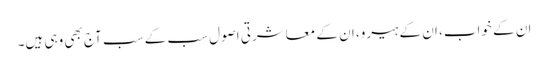
ان کے خواب، ان کے ہیرو، ان کے معاشرتی اصول سب کے سب آج بھی وہی ہیں۔